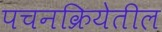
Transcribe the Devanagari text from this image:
पचनक्रियेतील